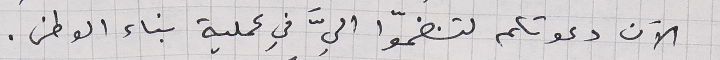
الآن دعوتكم لتنضمّوا اليَّ في عملية بناء الوطن.